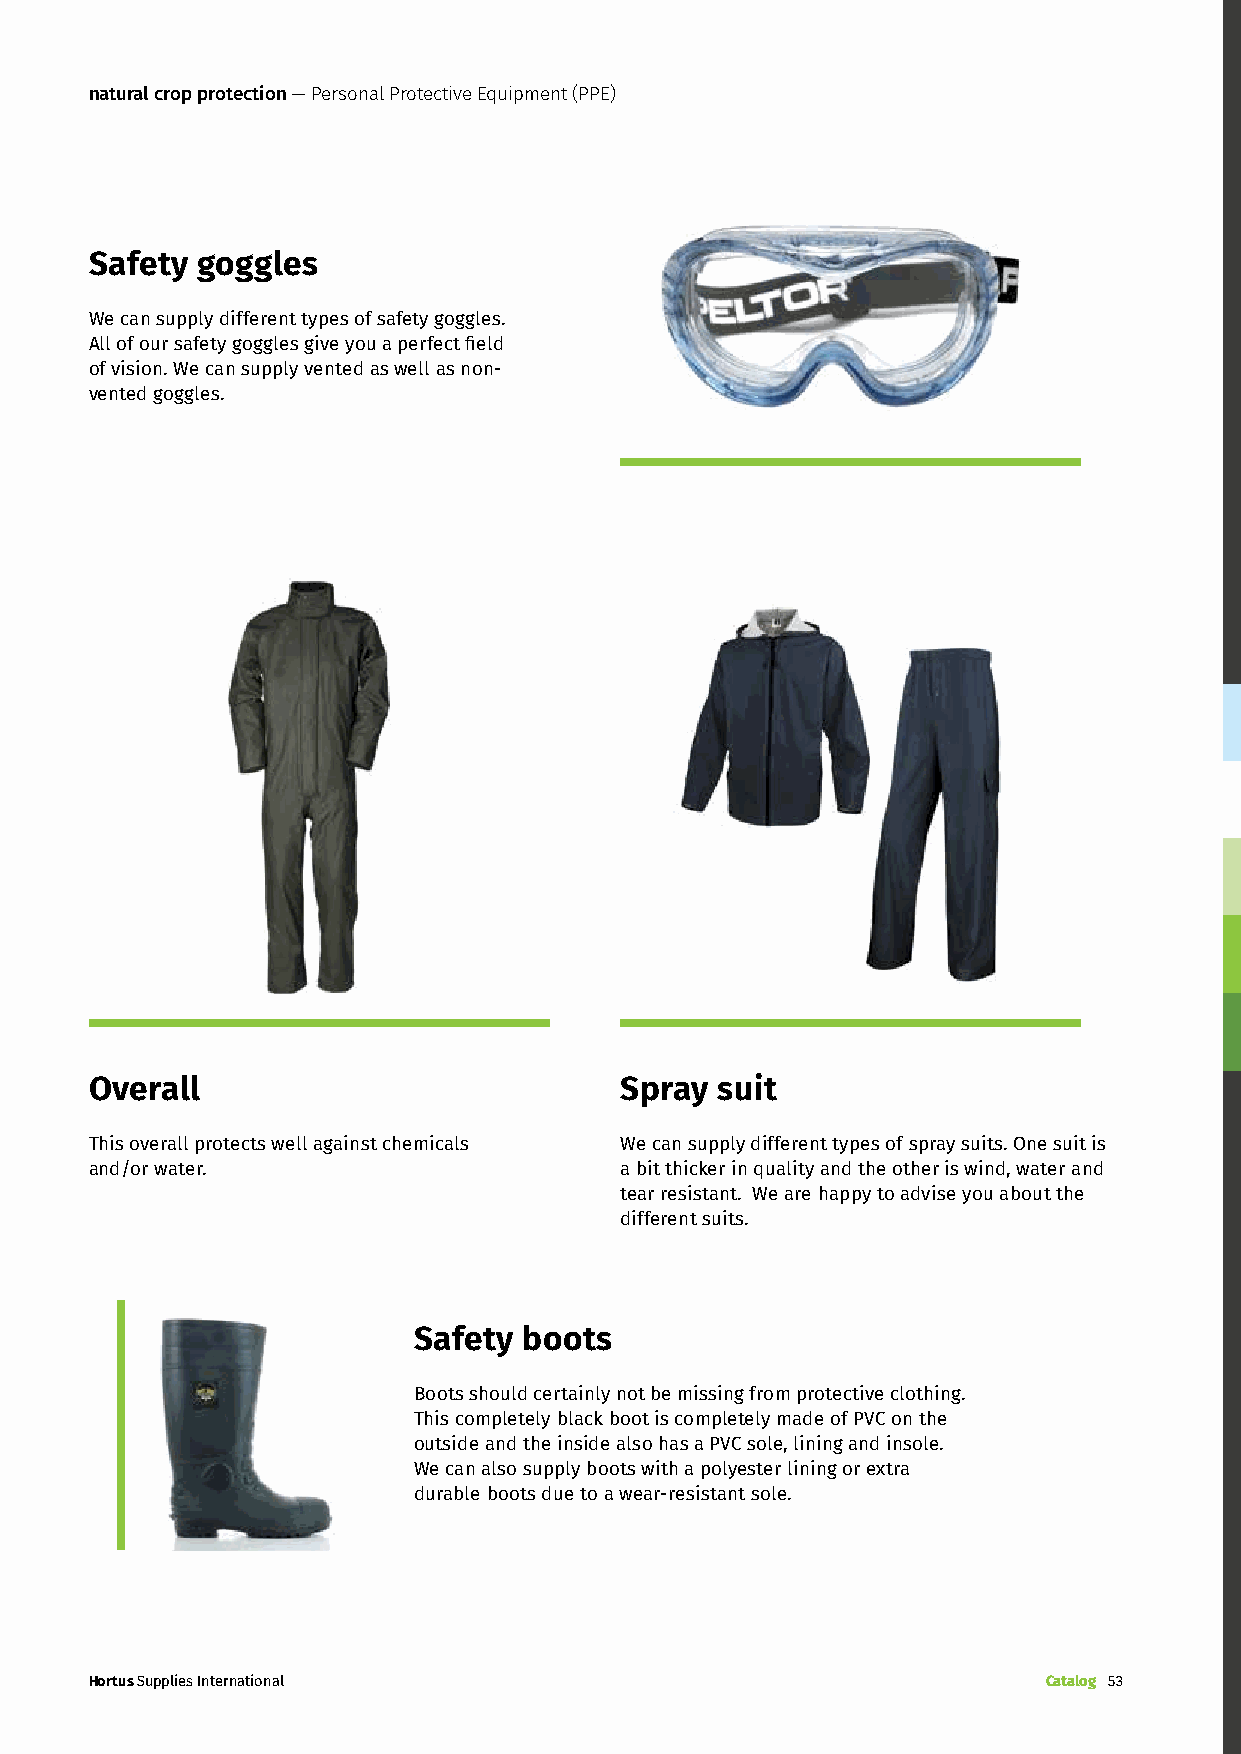
natural crop protection — Personal Protective Equipment (PPE)
 Safety goggles
 We can supply different types of safety goggles.
 All of our safety goggles give you a perfect field
 of vision. We can supply vented as well as non-
 vented goggles.
 Overall                            Spray suit
 This overall protects well against chemicals We can supply different types of spray suits. One suit is
 and/or water.                      a bit thicker in quality and the other is wind, water and
 tear resistant. We are happy to advise you about the
 different suits.
 Safety  boots
 Boots should certainly not be missing from protective clothing.
 This completely black boot is completely made of PVC on the
 outside and the inside also has a PVC sole, lining and insole.
 We can also supply boots with a polyester lining or extra
 durable boots due to a wear-resistant sole.
 Hortus Supplies International                                  Catalog 53